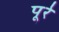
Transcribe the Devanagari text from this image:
पूरे